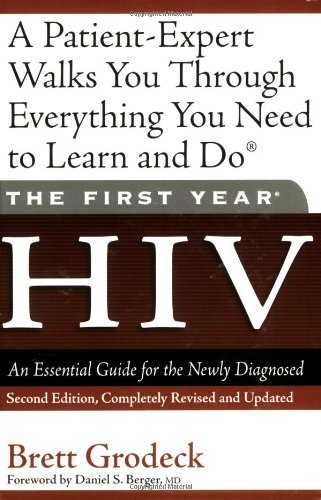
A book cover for The First Year: HIV: An Essential Guide for the Newly Diagnosed; Brett Grodeck; Health, Fitness & Dieting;